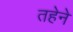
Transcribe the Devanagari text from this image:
तहेने